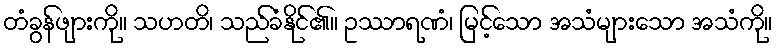
တံခွန်ဖျားကို။ သဟတိ၊ သည်ခံနိုင်၏။ ဥဿာရဏံ၊ မြင့်သော အသံများသော အသံကို။